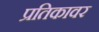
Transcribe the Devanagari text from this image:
प्रतिकावर